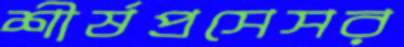
শীর্ষপ্রসেসর